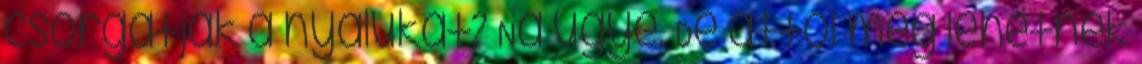
csorgatják a nyálukat? Na ugye. De attól még lehetnek